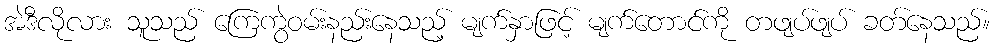
အဲဒီလိုလား သူသည် ကြေကွဲဝမ်းနည်းနေသည့် မျက်နှာဖြင့် မျက်တောင်ကို တဖျပ်ဖျပ် ခတ်နေသည်။